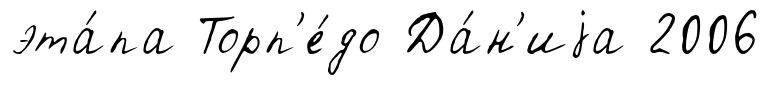
эта́па Торп'е́до Да́н'иjа 2006